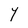
Character: Y